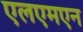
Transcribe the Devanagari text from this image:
एलएमएन